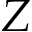
Z